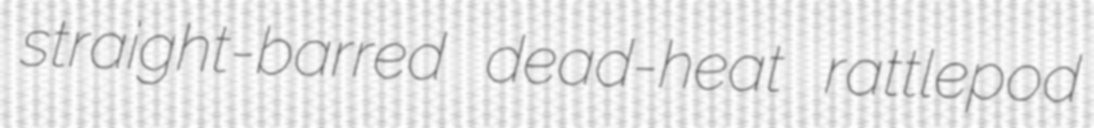
straight-barred dead-heat rattlepod